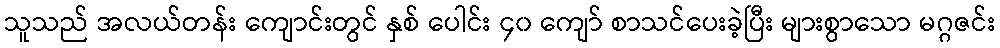
သူသည် အလယ်တန်း ကျောင်းတွင် နှစ် ပေါင်း ၄၀ ကျော် စာသင်ပေးခဲ့ပြီး များစွာသော မဂ္ဂဇင်း